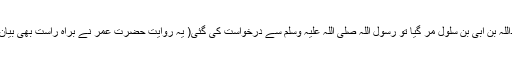
حضرت عمر بن خطابؓ فرماتے ہیں کہ جب عبداللہ بن ابی بن سلول مر گیا تو رسول اللہ صلی اللہ علیہ وسلم سے درخواست کی گئی( یہ روایت حضرت عمر ؓنے براہ راست بھی بیان فرمائی ہے )کہ آپؐ اس کی نمازِ جنازہ پڑھائیں۔